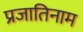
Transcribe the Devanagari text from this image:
प्रजातिनाम